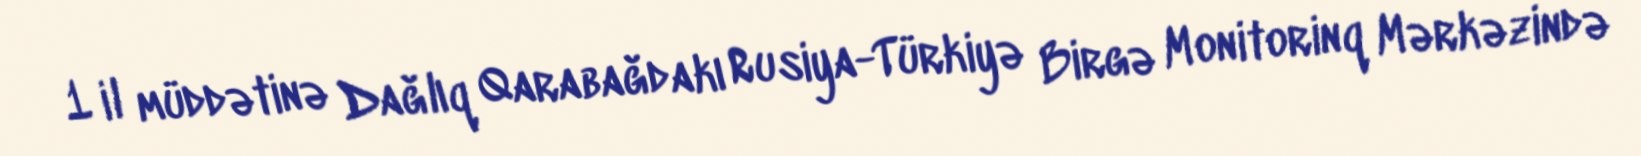
1 il müddətinə Dağlıq Qarabağdakı Rusiya-Türkiyə Birgə Monitorinq Mərkəzində